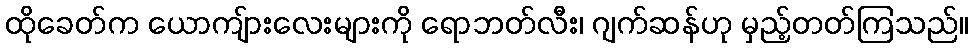
ထိုခေတ်က ယောကျ်ားလေးများကို ရောဘတ်လီး၊ ဂျက်ဆန်ဟု မှည့်တတ်ကြသည်။